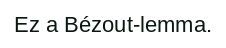
Ez a Bézout-lemma.